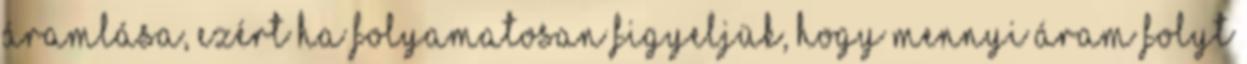
áramlása, ezért ha folyamatosan figyeljük, hogy mennyi áram folyt